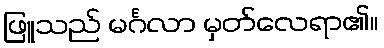
ဖြူသည် မင်္ဂလာ မှတ်လေရာ၏။